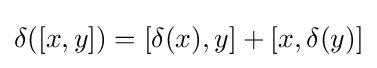
\delta ([x,y])=[\delta (x),y]+[x,\delta (y)]